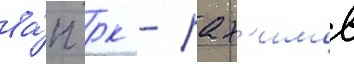
ва́п рк - рах'имов